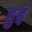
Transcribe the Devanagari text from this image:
हुइं